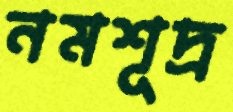
নমশূদ্র